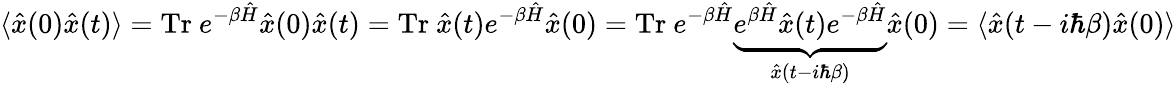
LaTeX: \langle{\hat{x}}(0){\hat{x}}(t)\rangle={\mathrm{Tr~}}e^{-\beta{\hat{H}}}{\hat{x}}(0){\hat{x}}(t)={\mathrm{Tr~}}{\hat{x}}(t)e^{-\beta{\hat{H}}}{\hat{x}}(0)={\mathrm{Tr~}}e^{-\beta{\hat{H}}}\underbrace{e^{\beta{\hat{H}}}{\hat{x}}(t)e^{-\beta{\hat{H}}}}_{{\hat{x}}(t-i\hbar\beta)}{\hat{x}}(0)=\langle{\hat{x}}(t-i\hbar\beta){\hat{x}}(0)\rangle